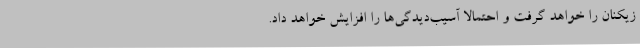
زیکنان را خواهد گرفت و احتمالا آسیب‌دیدگی‌ها را افزایش خواهد داد.